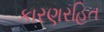
કારણરહિત